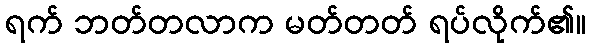
ရက် ဘတ်တလာက မတ်တတ် ရပ်လိုက်၏။